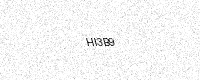
Text: HI3B9